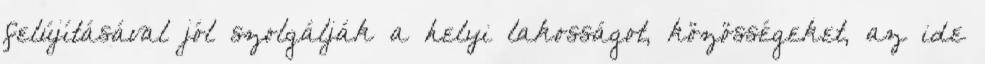
felújításával jól szolgálják a helyi lakosságot, közösségeket, az ide